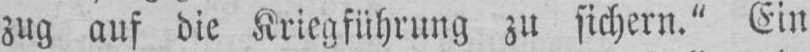
zug auf die Kriegführung zu sichern.” Ein